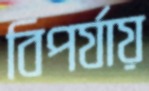
বিপর্যায়